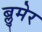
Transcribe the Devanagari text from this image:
ब्लुमेर